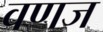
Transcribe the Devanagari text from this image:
वणज